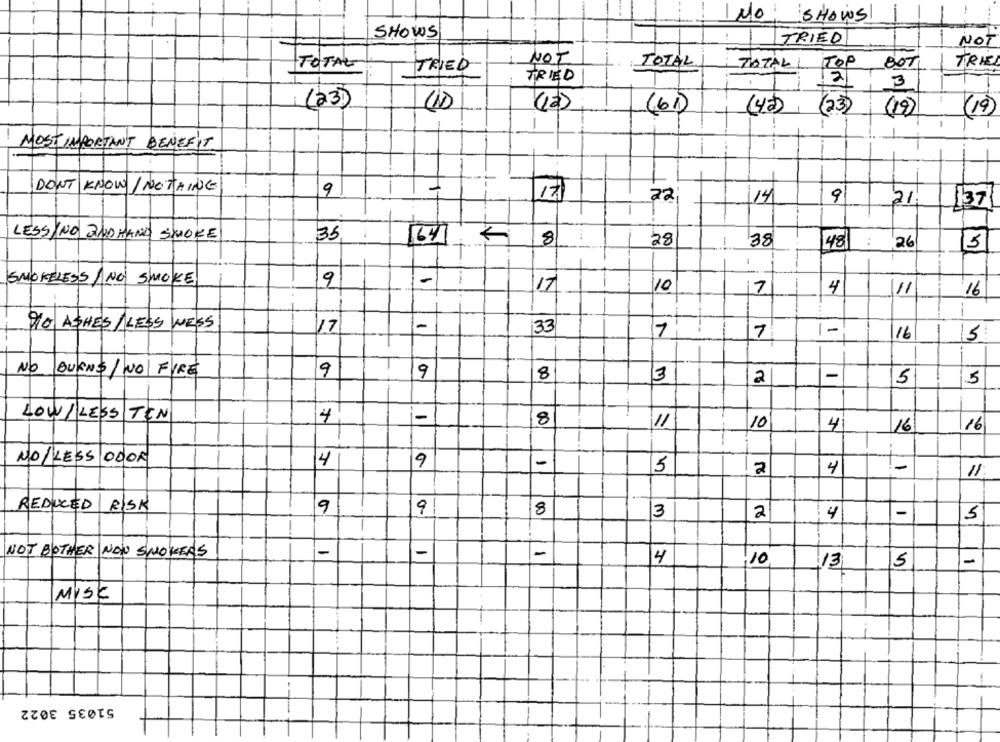
NO: SHOWS
SHOWS
1
TRIED
NOT
NOT
TOTAL
TOTAL
TOTALI
TOP
BOTI
TRIEL
TRIED
TRIED
3
(23)
(2)
(6)
(42)
(23)
(19)
(19)
-
-
MOSTIMPORTANT BENEFIT
-
DONT KNOW / NOTHING
9
17
22
114
9
21
1
137
LESSINO 2NDHAND SMOKE
35
64
8
28
38
148
:
26
5
T
-
SMOKELESS / NO SMOKE
9
-
1
17
10
7
4
11
16
--
DIO ASHES / LESS WESS
17
1-
33
1
1-
7
16
5
NO
9
T
BURNS /NO FIRE
9
8
13
-
2
5
5
LOW/ LESS TEN
4
-
8
11
10
4
16
16
NO LESS ODOR
4
9
-
5
-
2
4
11
REDUCED RISK
9
9
8
3
-
2
4
5
NOT BOTHER NON SMOKERS
-
-
1
4
,10
13
5
1
MISC
51035 3022